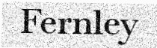
Fernley